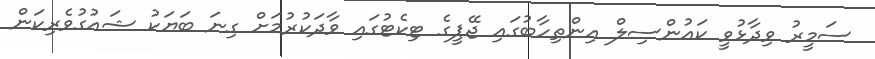
ސަމީރު ވިދާޅުވީ ކައުންސިލް އިންތިހާބުގައި ޖޭޕީގެ ޓިކެޓުގައި ވާދަކުރުމަށް ގިނަ ބަޔަކު ޝައުގުވެރިކަން